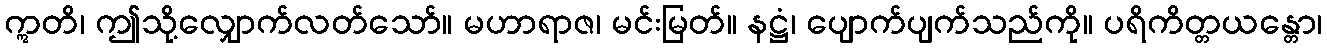
ဣတိ၊ ဤသို့လျှောက်လတ်သော်။ မဟာရာဇ၊ မင်းမြတ်။ နဋ္ဌံ၊ ပျောက်ပျက်သည်ကို။ ပရိကိတ္တယန္တော၊